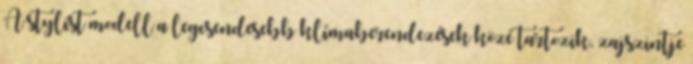
A stylist modell a legcsendesebb klímaberendezések közé tartozik, zajszintje